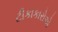
ટીકાકારોએ